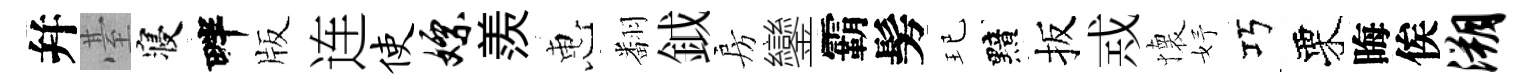
幷䑓寝畔版连使嫖羨惠翻鉞房鑾霸髣玘黯扳𢦶懐妤巧栗晦俟溯